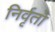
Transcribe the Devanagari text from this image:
निर्वृतो